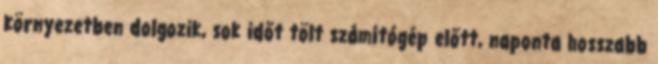
környezetben dolgozik, sok időt tölt számítógép előtt, naponta hosszabb